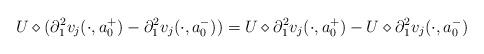
LaTeX: \begin{align*}U \diamond (\partial_1^2 v_j(\cdot, a_0^+) - \partial_1^2 v_j(\cdot, a_0^-)) = U \diamond \partial_1^2 v_j(\cdot, a_0^+) - U \diamond \partial_1^2 v_j(\cdot, a_0^-)\end{align*}